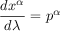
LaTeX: { \frac { d x ^ { \alpha } } { d \lambda } } = p ^ { \alpha }